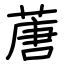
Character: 蓎